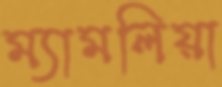
ম্যামলিয়া